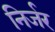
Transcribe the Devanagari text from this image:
निर्जर